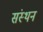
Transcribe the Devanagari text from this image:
संस्थन